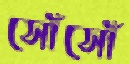
সোঁসোঁ